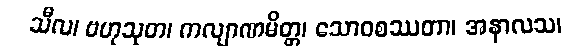
သီလ၊ ဗဟုသုတ၊ ကလျာဏမိတ္တ၊ သောဝစဿတာ၊ အနာလသ၊